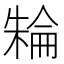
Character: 𣘈